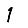
Digit: 1